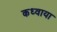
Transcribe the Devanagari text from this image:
कध्वाया